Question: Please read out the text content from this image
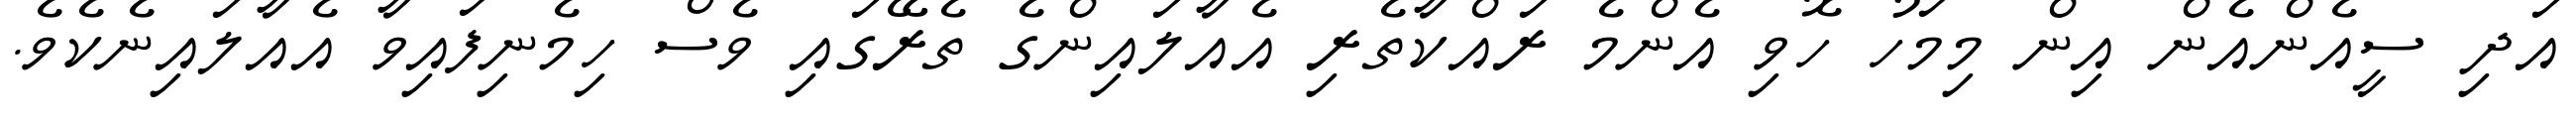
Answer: އަދި ސީއެންއެން އިން މިމަހު ހޮވި އެންމެ ރައްކާތެރި އެއާލައިންގެ ތެރޭގައި ވެސް ހިމެނިފައިވާ އެއާލައިނެކެވެ.